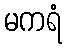
မကရံ